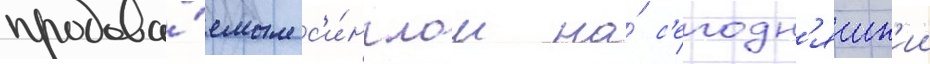
продава́емым с'и́нглом на́ с'егодн'яшн'ии